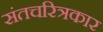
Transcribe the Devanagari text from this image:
संतचरित्रकार